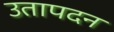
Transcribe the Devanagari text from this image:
उतापदन